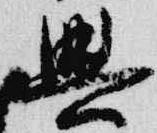
興